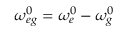
\omega _ { e g } ^ { 0 } = \omega _ { e } ^ { 0 } - \omega _ { g } ^ { 0 }